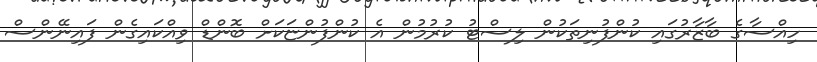
ހިއްސާގެ ބާޒާރުގައި ކުންފުނިތަކުން ލިސްޓު ކުރުމުން އެ ކުންފުންޏަކަށް ބޮންޑް ވިއްކައިގެން ފައިނޭންސް